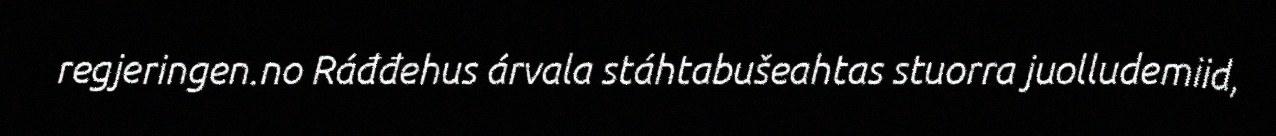
regjeringen.no Ráđđehus árvala stáhtabušeahtas stuorra juolludemiid,